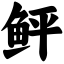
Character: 鲆